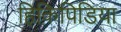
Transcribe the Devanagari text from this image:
हिकिपिडिया